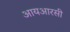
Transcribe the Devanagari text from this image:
आयआरसी